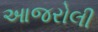
આજરોલી